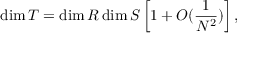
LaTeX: \dim T = \dim R \dim S \left[ 1 + O ( { \frac { 1 } { N ^ { 2 } } } ) \right] ,